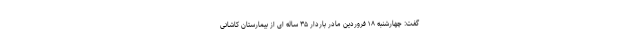
گفت: چهارشنبه ۱۸ فروردین مادر باردار ۳۵ ساله ای از بیمارستان کاشانی